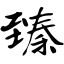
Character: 臻